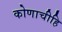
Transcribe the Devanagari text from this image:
कोणाचीहि